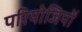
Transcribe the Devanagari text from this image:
परियोजियों